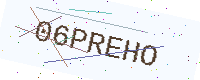
Text: 06PREHO